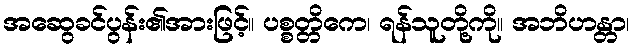
အဆွေခင်ပွန်း၏အားဖြင့်။ ပစ္စတ္တိကေ၊ ရန်သူတို့ကို။ အဘိဟန္တာ၊